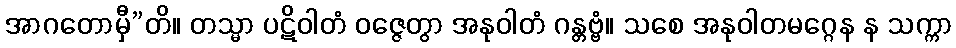
အာဂတောမှီ”တိ။ တသ္မာ ပဋိဝါတံ ဝဇ္ဇေတွာ အနုဝါတံ ဂန္တဗ္ဗံ။ သစေ အနုဝါတမဂ္ဂေန န သက္ကာ